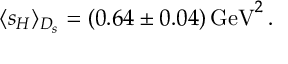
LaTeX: \langle s _ { H } \rangle _ { D _ { s } } = ( 0 . 6 4 \pm 0 . 0 4 ) \, \mathrm { G e V } ^ { 2 } \, .